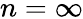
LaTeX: n=\infty